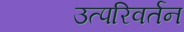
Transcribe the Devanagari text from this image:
उत्परिवर्तन